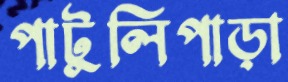
পাটুলিপাড়া